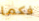
فكما